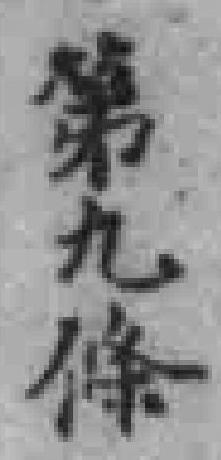
第九條